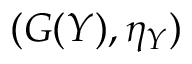
( G ( Y ) , \eta _ { Y } )